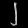
Digit: ၂